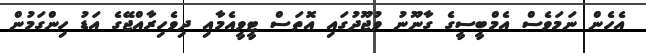
އެހެން ނަމަވެސް އެމްބީސީގެ ގާނޫނު ވުޖޫދުގައި އޮތަސް ޓީވީއެމާއި ދިވެހިރާއްޖޭގެ އަޑު ހިންގަމުން